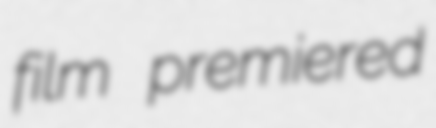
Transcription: film premiered